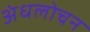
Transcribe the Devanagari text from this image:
अंधलोचन